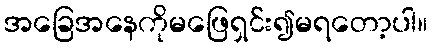
အခြေအနေကိုမဖြေရှင်း၍မရတော့ပါ။